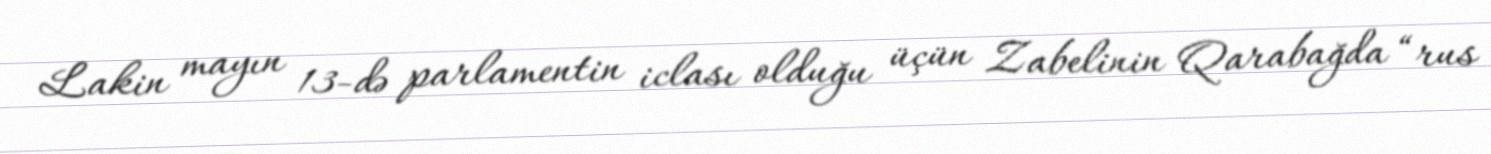
Lakin mayın 13-də parlamentin iclası olduğu üçün Zabelinin Qarabağda “rus